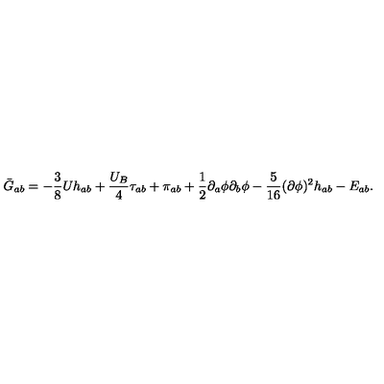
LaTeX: \bar { G } _ { a b } = - \frac { 3 } { 8 } U h _ { a b } + \frac { U _ { B } } { 4 } \tau _ { a b } + \pi _ { a b } + \frac { 1 } { 2 } \partial _ { a } \phi \partial _ { b } \phi - \frac { 5 } { 1 6 } ( \partial \phi ) ^ { 2 } h _ { a b } - E _ { a b } .